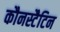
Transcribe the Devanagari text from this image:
कौनस्टैटिन